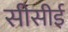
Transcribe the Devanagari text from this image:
सीसीई